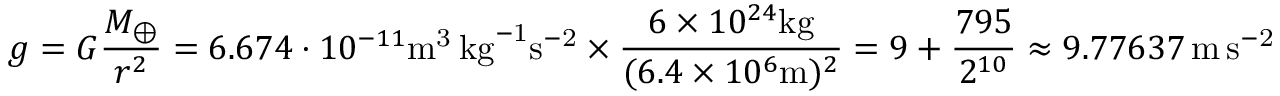
g = G { \frac { M _ { \oplus } } { r ^ { 2 } } } = 6 . 6 7 4 \cdot 1 0 ^ { - 1 1 } \mathrm { { m } ^ { 3 } \, { k g } ^ { - 1 } { s } ^ { - 2 } } \times { \frac { 6 \times 1 0 ^ { 2 4 } \mathrm { k g } } { ( 6 . 4 \times 1 0 ^ { 6 } \mathrm { m } ) ^ { 2 } } } = 9 + { \frac { 7 9 5 } { 2 ^ { 1 0 } } } \approx 9 . 7 7 6 3 7 \, \mathrm { { m } \, { s } ^ { - 2 } }